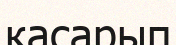
қасарып